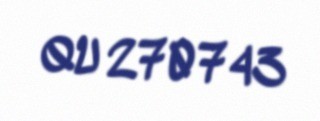
QU 270743